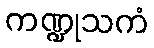
ကဏ္ဍုသကံ